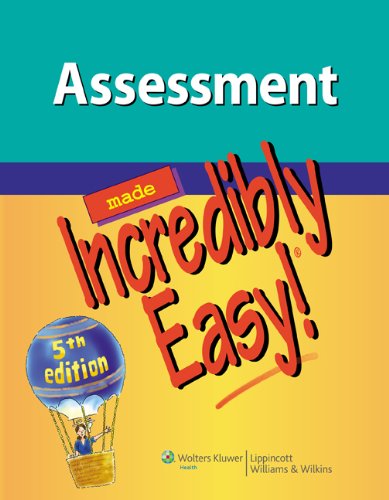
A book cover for Assessment Made Incredibly Easy! (Incredibly Easy! SeriesÂ®); Lippincott Williams & Wilkins; Medical Books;